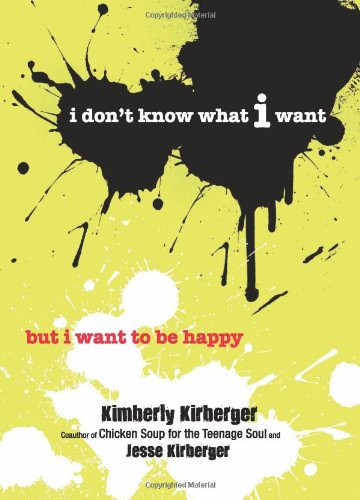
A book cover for I Don't Know What I Want But I Want to Be Happy; Kimberly Kirberger; Teen & Young Adult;